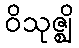
ဝိသုဇ္ဈိ